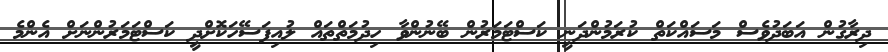
ދިރާގުން އަބަދުވެސް މަސައްކަތް ކުރަމުންދަނީ ކަސްޓަމަރުން ބޭނުންވާ ހިދުމަތްތައް ލުއިފަސޭހަކޮށްދީ ކަސްޓަމަރުންނަށް އެންމެ